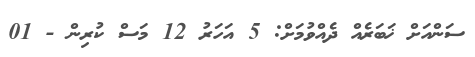
ސަންއަށް ޚަބަރެއް ދެއްވުމަށް: 5 އަހަރު 12 މަސް ކުރިން - 01